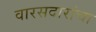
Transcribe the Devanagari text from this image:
वारसदारांचा